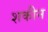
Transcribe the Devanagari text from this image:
शकीन